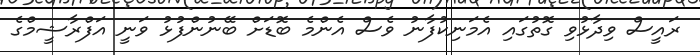
ރައީސް ވިދާޅުވި ގޮތުގައި އެމަނިކުފާނު ވެސް އެންމެ ބޮޑަށް ބޭނުންފުޅު ވަނީ އަފްރާޝީމްގެ